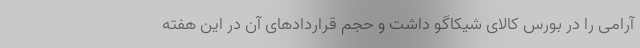
آرامی را در بورس کالای شیکاگو داشت و حجم قراردادهای آن در این هفته